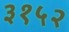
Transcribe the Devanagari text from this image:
३१५२